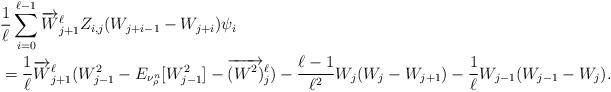
LaTeX: \begin{align*}\begin{aligned}& \frac{1}{\ell} \sum_{i=0}^{\ell-1} \overrightarrow{W}^\ell_{j+1}Z_{i,j}(W_{j+i-1}-W_{j+i}) \psi_i \\& = \frac{1}{\ell} \overrightarrow{W}^\ell_{j+1} (W^2_{j-1} - E_{\nu^n_\rho}[W^2_{j-1}] - \overrightarrow{(W^2)}^\ell_j ) - \frac{\ell-1}{\ell^2} W_j(W_j- W_{j+1}) - \frac{1}{\ell} W_{j-1} (W_{j-1} - W_j) .\end{aligned}\end{align*}